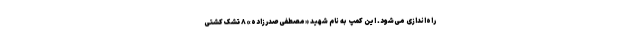
راه‌اندازی می‌شود. این کمپ به نام شهید «مصطفی صدرزاده» ۸ تشک کشتی